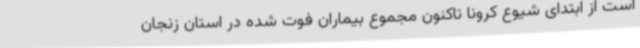
است از ابتدای شیوع کرونا تاکنون مجموع بیماران فوت شده در استان زنجان